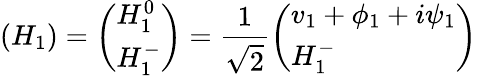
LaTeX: (H_{1})=\left(\begin{array}{l}{{H_{1}^{0}}}\\ {{H_{1}^{-}}}\end{array}\right)=\frac{1}{\sqrt 2}\left(\begin{array}{l}{{v_{1}+\phi_{1}+i\psi_{1}}}\\ {{H_{1}^{-}}}\end{array}\right)